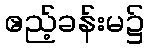
ဧည့်ခန်းမ၌